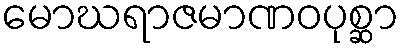
မောဃရာဇမာဏဝပုစ္ဆာ